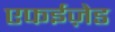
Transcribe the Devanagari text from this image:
एफईज़ेड